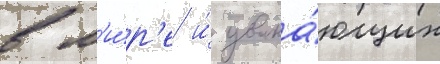
в м'и́р'е и́ уважа́ющих